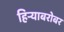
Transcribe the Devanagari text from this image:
हिर्‍याबरोबर